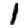
Digit: 1